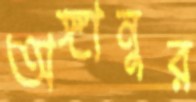
অঙ্গানুর